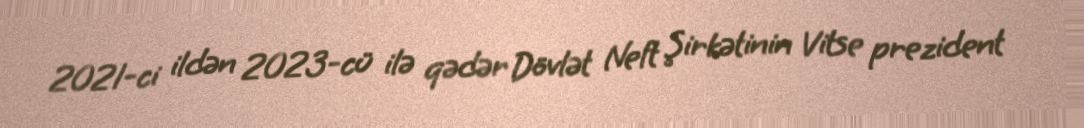
2021-ci ildən 2023-cü ilə qədər Dövlət Neft Şirkətinin Vitse prezident